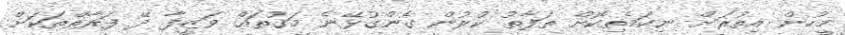
މީހުން އިތުރަށް ނިކަމެތިކޮށް ތަފާތު ކުރުން ގެންގުޅޭނެ މަގުތައް ވަޒީފާ ދޭ ފަރާތްތަކަށް